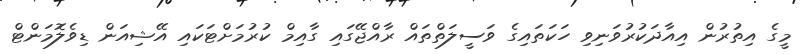
މީގެ އިތުރުން އިއާދަކުރުވަނިވި ހަކަތައިގެ ވަސީލަތްތައް ރާއްޖޭގައި ގާއިމް ކުރުމަށްޓަކައި އޭޝިއަން ޑިވެލޮމަންޓް